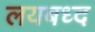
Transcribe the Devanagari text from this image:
लयबध्द